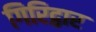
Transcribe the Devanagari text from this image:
गिरिद्वार